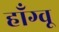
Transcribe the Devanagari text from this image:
हाँग्वू